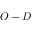
O - D